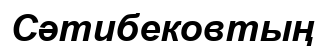
Сәтибековтың